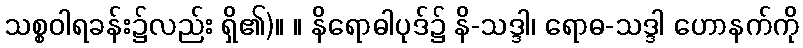
သစ္စဝါရခန်း၌လည်း ရှိ၏)။ ။ နိရောဓါပုဒ်၌ နိ-သဒ္ဒါ၊ ရောဓ-သဒ္ဒါ ဟောနက်ကို